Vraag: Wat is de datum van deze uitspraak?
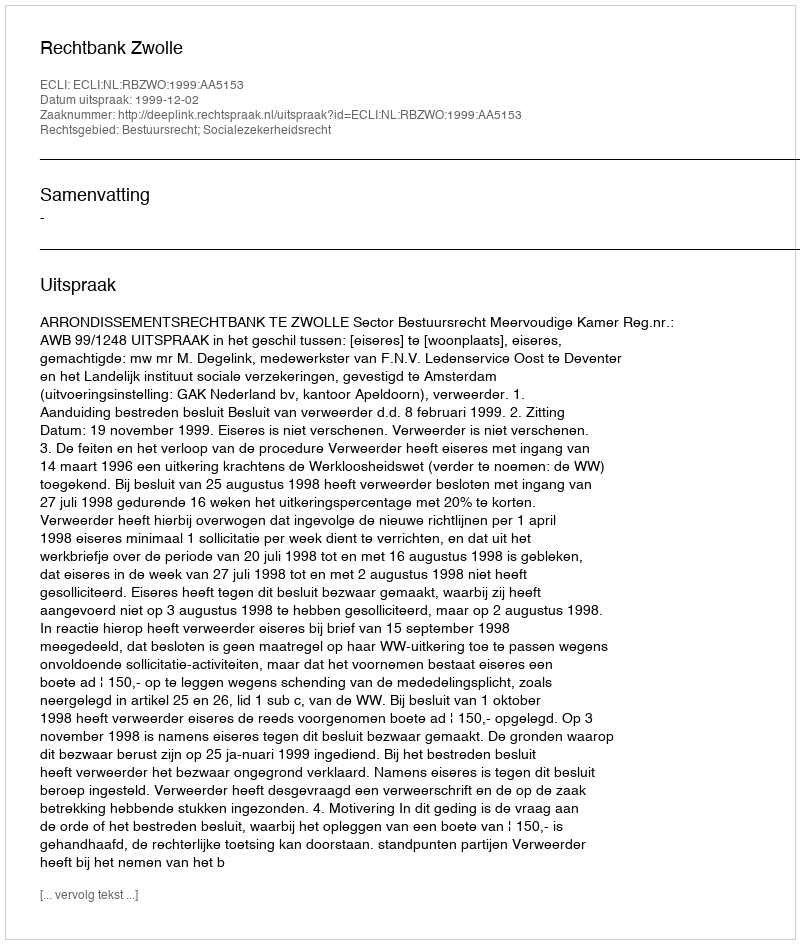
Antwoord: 1999-12-02